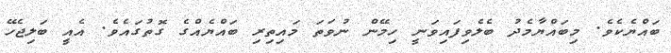
ބައްޔެކެވެ. މިބައްޔާމެދު ބެލެވިފައިވަނީ ހިމޭން ނުވަތަ މައިތިރި ބައްޔެއްގެ ގޮތުގައެވެ. އެއީ ބަލިޖެހޭ